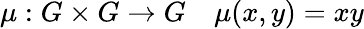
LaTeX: \mu:G\times G\to G\quad\mu(x,y)=xy